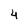
Character: 4